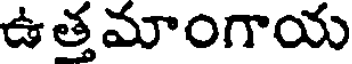
ఉత్తమాంగాయ